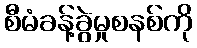
စီမံခန့်ခွဲမှုစနစ်ကို